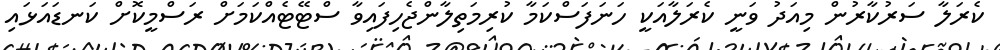
ކެރަލާ ސަރުކާރުން މިއަދު ވަނީ ކެރަލާއަކީ ހަނަފަސްކަމާ ކުރިމަތިލާންޖެހިފައިވާ ސްޓޭޓެއްކަމަށް ރަސްމީކޮށް ކަނޑައަޅައި